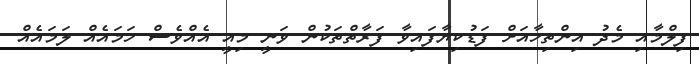
ފިލްމާއި މެދު އިންތިހާއަށް ފަޑުކިޔާފައިވާ ފަރާތްތަކުން ވަނީ މިއީ އެއްވެސް ހަމައެއް ލަމައެއް